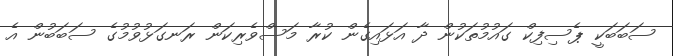
ސަބަބަކީ ޕެސިފިކް ގައުމުތަކުން ދާ އަޅައިގެން ކުރާ މަސްވެރިކަން ރަނގަޅުވުމުގެ ސަބަބުން އެ